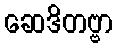
ဆေဒိတဗ္ဗာ